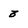
Character: 3